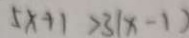
5 x + 1 > 3 ( x - 1 )